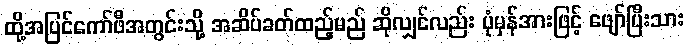
ထို့အပြင်ကော်ဖီအတွင်းသို့ အဆိပ်ခတ်ထည့်မည် ဆိုလျှင်လည်း ပုံမှန်အားဖြင့် ဖျော်ပြီးသား